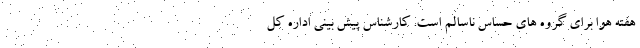
هفته هوا برای گروه های حساس ناسالم است. کارشناس پیش بینی اداره کل